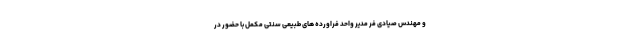
و مهندس صیادی فر مدیر واحد فراورده های طبیعی سنتی مکمل با حضور در